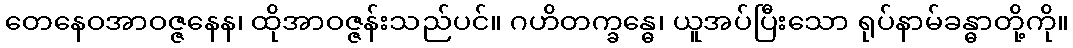
တေနေဝအာဝဇ္ဇနေန၊ ထိုအာဝဇ္ဇန်းသည်ပင်။ ဂဟိတက္ခန္ဓေ၊ ယူအပ်ပြီးသော ရုပ်နာမ်ခန္ဓာတို့ကို။